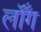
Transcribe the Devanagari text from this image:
लॉँग